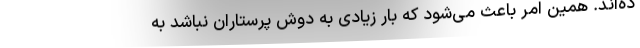
ده‌اند. همین امر باعث می‌شود که بار زیادی به دوش پرستار‌ان نباشد به